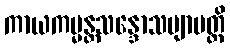
ကာယကမ္မန္တသန္ဒောသဗျာပတ္တိ